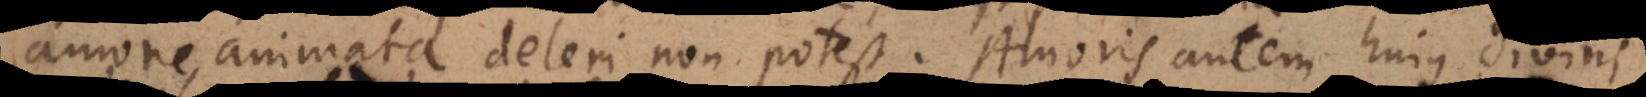
amore animata deleri non potest. Amoris autem hujus divini